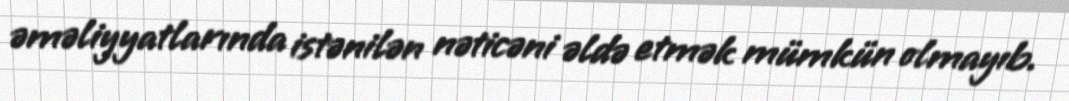
əməliyyatlarında istənilən nəticəni əldə etmək mümkün olmayıb.